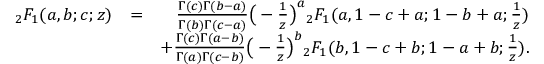
\begin{array} { r l r } { { _ 2 F _ { 1 } } ( a , b ; c ; z ) } & { = } & { \frac { \Gamma ( c ) \Gamma ( b - a ) } { \Gamma ( b ) \Gamma ( c - a ) } \big ( - \frac { 1 } { z } \big ) ^ { a } { _ 2 F _ { 1 } } ( a , 1 - c + a ; 1 - b + a ; \frac { 1 } { z } ) } \\ & { } & { + \frac { \Gamma ( c ) \Gamma ( a - b ) } { \Gamma ( a ) \Gamma ( c - b ) } \big ( - \frac { 1 } { z } \big ) ^ { b } { _ 2 F _ { 1 } } ( b , 1 - c + b ; 1 - a + b ; \frac { 1 } { z } ) . } \end{array}